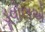
ડૂવોલએ